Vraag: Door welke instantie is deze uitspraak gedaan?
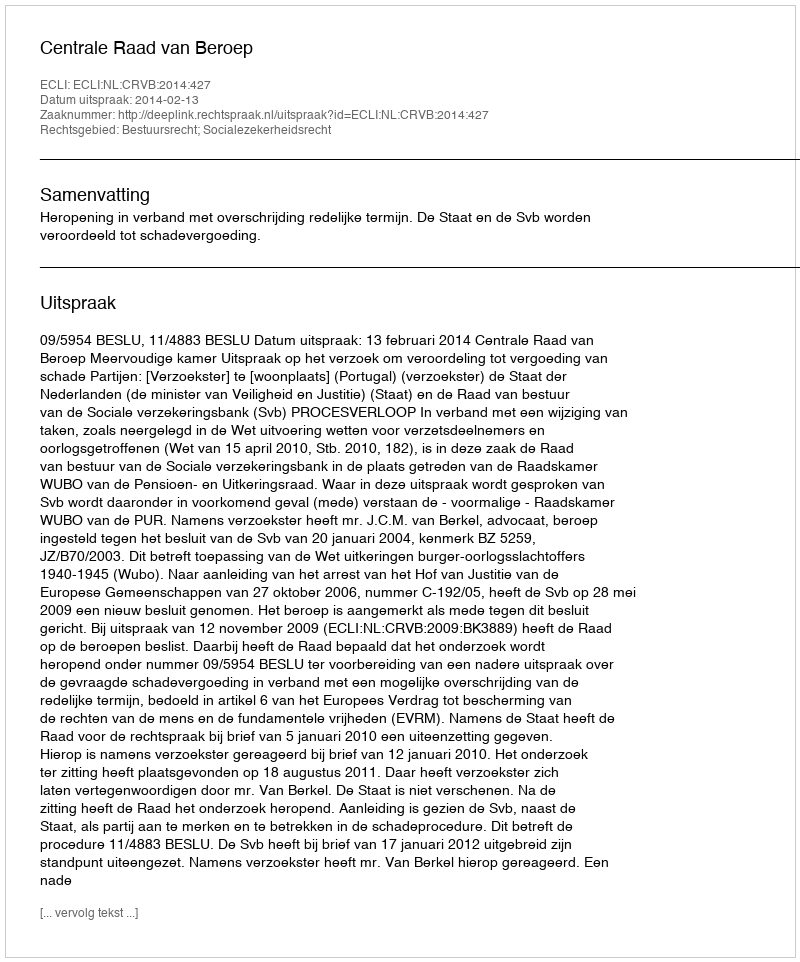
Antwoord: Centrale Raad van Beroep